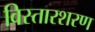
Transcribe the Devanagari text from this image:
विस्तारशरण